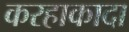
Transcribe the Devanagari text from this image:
करहाकादा